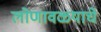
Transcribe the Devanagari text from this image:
लोणावळ्याचे